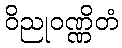
ဝိညုဝဏ္ဏိတံ